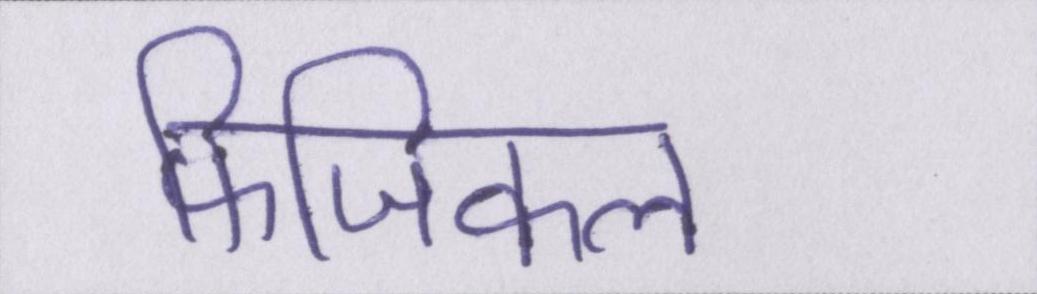
फिजिकल